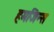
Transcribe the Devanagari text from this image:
हमजिन्स